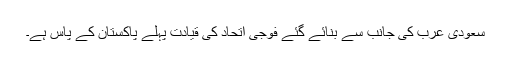
سعودی عرب کی جانب سے بنائے گئے فوجی اتحاد کی قیادت پہلے پاکستان کے پاس ہے۔